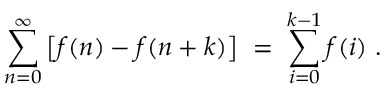
\sum _ { n = 0 } ^ { \infty } \left[ f ( n ) - f ( n + k ) \right] \; = \; \sum _ { i = 0 } ^ { k - 1 } f ( i ) \; .